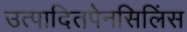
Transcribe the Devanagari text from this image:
उत्पादितपेनसिलिंस